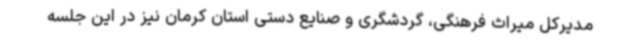
مدیرکل میراث فرهنگی، گردشگری و صنایع دستی استان کرمان نیز در این جلسه